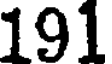
191